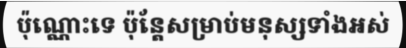
ប៉ុណ្ណោះទេ ប៉ុន្តែសម្រាប់មនុស្សទាំងអស់